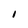
Character: I